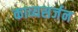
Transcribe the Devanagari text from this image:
काव्यसर्जन